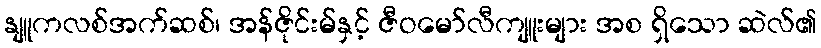
နျူကလစ်အက်ဆစ်၊ အန်ဇိုင်းမ်နှင့် ဇီဝမော်လီကျူးများ အစ ရှိသော ဆဲလ်၏